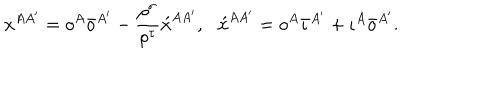
LaTeX: \dot { x } ^ { A A ^ { \prime } } = o ^ { A } \bar { o } ^ { A ^ { \prime } } - \frac { \rho ^ { \sigma } } { \rho ^ { \tau } } \acute { x } ^ { A A ^ { \prime } } , \, \, \, \, \acute { x } ^ { A A ^ { \prime } } = o ^ { A } \bar { \iota } ^ { A ^ { \prime } } + \iota ^ { A } \bar { o } ^ { A ^ { \prime } } .